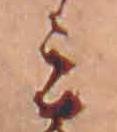
ミ